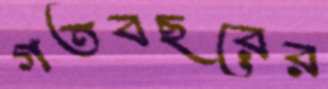
গতবছরের